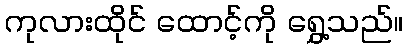
ကုလားထိုင် ထောင့်ကို ရွှေ့သည်။